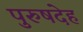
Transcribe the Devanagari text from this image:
पुरुषदेह